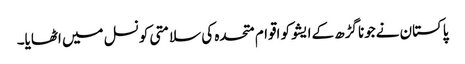
پاکستان نےجونا گڑھ کےایشو کو اقوام متحدہ کی سلامتی کونسل میں اٹھایا۔